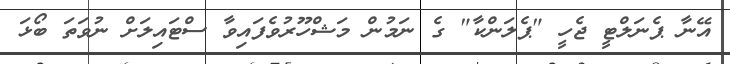
އޭނާ ޕެނަލްޓީ ޖެހީ "ޕެލަންކާ" ގެ ނަމުން މަޝްހޫރުވެފައިވާ ސްޓައިލަށް ނުވަތަ ބޯޅަ